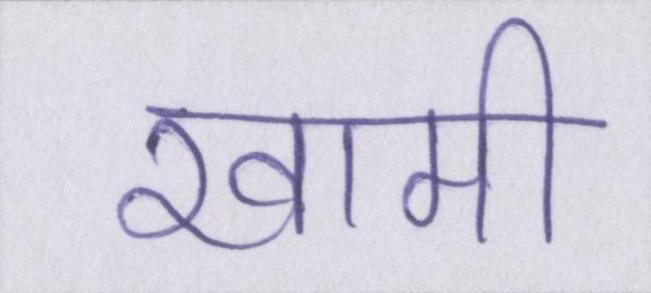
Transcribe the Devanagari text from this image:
खामी